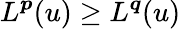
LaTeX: L^{\boldsymbol{p}}(u)\ge L^{\boldsymbol{q}}(u)